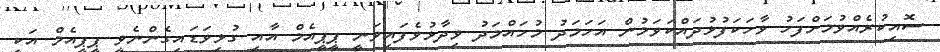
ސޮއިކުރެއްވުމަށްފަހު ވާހަކަފުޅުދައްކަވަމުން އަހަމަދު މުހައްމަދު ވިދާޅުވެފައިވަނީ ޕީޕީއެމް އާއި ގުޅިވަޑައިގެންނެވީ ޕީޕީއެމް އަކީ